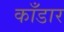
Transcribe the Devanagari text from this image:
काँडार